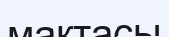
мақтасы